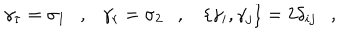
\gamma _ { \tau } = \sigma _ { 1 } , \gamma _ { r } = \sigma _ { 2 } , \left\{ \gamma _ { i } , \gamma _ { j } \right\} = 2 \delta _ { i j } ,